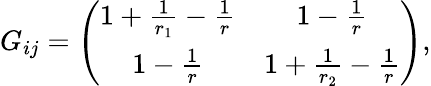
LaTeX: G_{ij}=\left(\begin{array}{cc}{{1+\frac{1}{r_{1}}-\frac{1}{r}}}&{{1-\frac{1}{r}}}\\ {{1-\frac{1}{r}}}&{{1+\frac{1}{r_{2}}-\frac{1}{r}}}\end{array}\right),